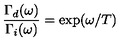
\frac { \Gamma _ { d } ( \omega ) } { \Gamma _ { i } ( \omega ) } = \exp ( \omega / T )